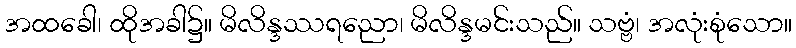
အထခေါ၊ ထိုအခါ၌။ မိလိန္ဒဿရညော၊ မိလိန္ဒမင်းသည်။ သဗ္ဗံ၊ အလုံးစုံသော။